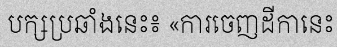
បក្សប្រឆាំងនេះ៖ «ការចេញដីកានេះ